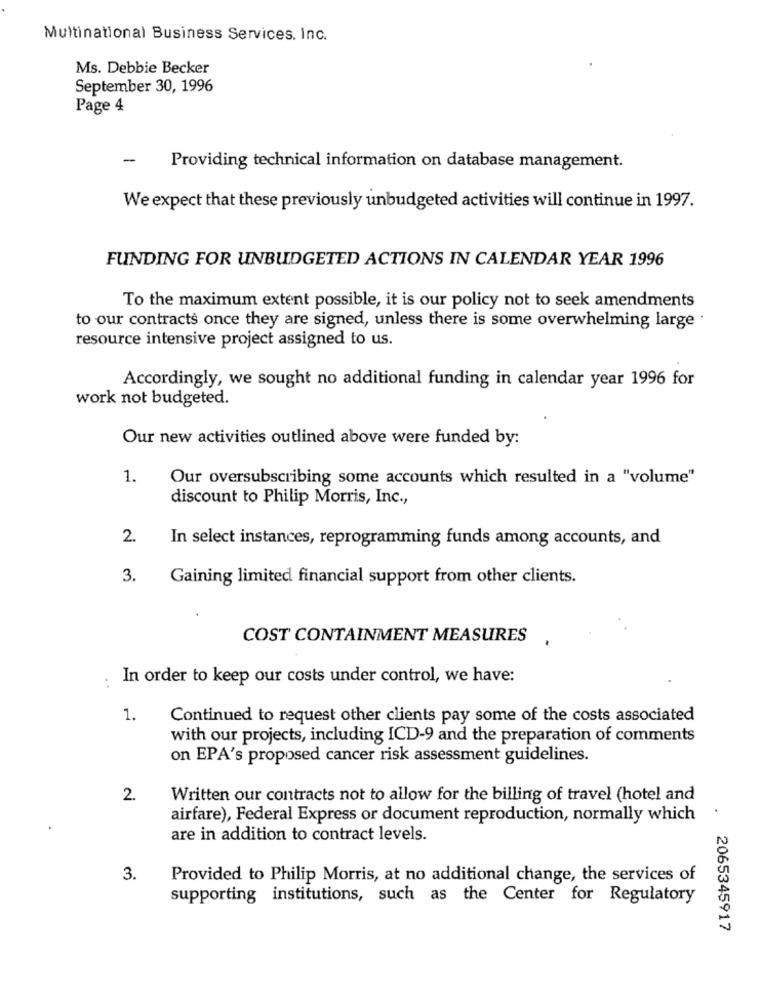
Multinational Business Services, Inc.
Ms. Debbie Becker
September 30, 1996
Page 4
-
Providing technical information on database management.
We expect that these previously unbudgeted activities will continue in 1997.
FUNDING FOR UNBUDGETED ACTIONS IN CALENDAR YEAR 1996
To the maximum extent possible, it is our policy not to seek amendments
to our contracts once they are signed, unless there is some overwhelming large .
resource intensive project assigned to us.
Accordingly, we sought no additional funding in calendar year 1996 for
work not budgeted.
Our new activities outlined above were funded by:
1.
Our oversubscribing some accounts which resulted in a "volume"
discount to Philip Morris, Inc .,
2.
In select instances, reprogramming funds among accounts, and
3.
Gaining limited financial support from other clients.
COST CONTAINMENT MEASURES
:
In order to keep our costs under control, we have:
1.
Continued to request other clients pay some of the costs associated
with our projects, including ICD-9 and the preparation of comments
on EPA's proposed cancer risk assessment guidelines.
2.
Written our contracts not to allow for the billing of travel (hotel and
airfare), Federal Express or document reproduction, normally which
are in addition to contract levels.
3.
Provided to Philip Morris, at no additional change, the services of
supporting institutions, such as the Center for Regulatory
2065345917